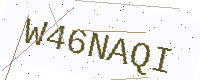
Text: W46NAQI